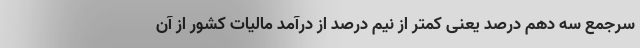
سرجمع سه دهم درصد یعنی کمتر از نیم درصد از درآمد مالیات کشور از آن